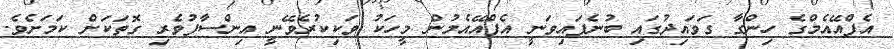
އެފްއޭއެމްގެ ހިންގާ ގަވައިދުގައި ބުނެފައިވަނީ އެފްއޭއެމުން މީހަކު ވަކިކުރެވޭނީ އިންސާފުވެރި ގޮތަކަށް ކަމަށެވެ.